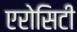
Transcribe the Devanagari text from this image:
एरोसिटी